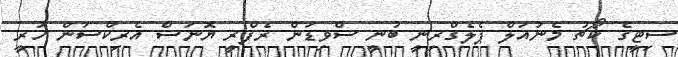
ސިޓީގެ ކޯޗު މެނުއަލް ޕެލެގްރިނީ ބުނީ ސްވިޑަން ރެފްރީ ޔޮނަސް އެރިކްސަން ހުރީ